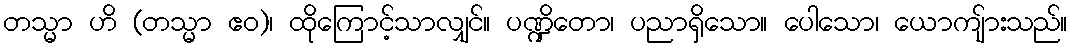
တသ္မာ ဟိ (တသ္မာ ဧဝ)၊ ထိုကြောင့်သာလျှင်။ ပဏ္ဍိတော၊ ပညာရှိသော။ ပေါသော၊ ယောကျ်ားသည်။